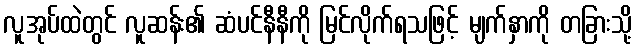
လူအုပ်ထဲတွင် လူဆန်း၏ ဆံပင်နီနီကို မြင်လိုက်ရသဖြင့် မျက်နှာကို တခြားသို့